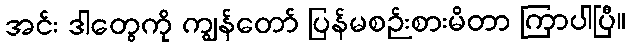
အင်း ဒါတွေကို ကျွန်တော် ပြန်မစဉ်းစားမိတာ ကြာပါပြီ။